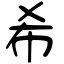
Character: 希